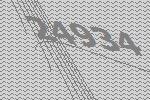
24934